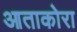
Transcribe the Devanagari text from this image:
आताकोरा